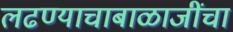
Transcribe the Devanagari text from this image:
लढण्याचाबाळाजींचा